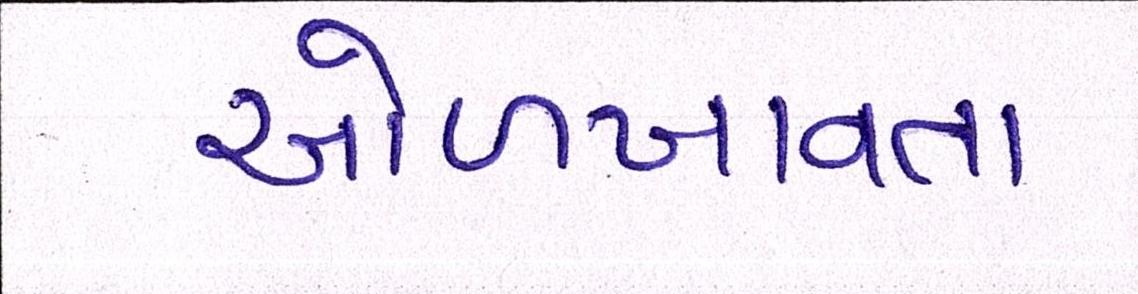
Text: ઓળખાવતા